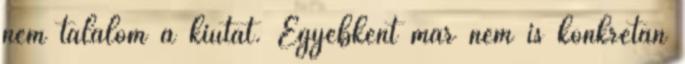
nem találom a kiutat. Egyébként már nem is konkrétan